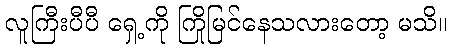
လူကြီးပီပီ ရှေ့ကို ကြိုမြင်နေသလားတော့ မသိ။